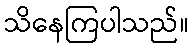
သိနေကြပါသည်။